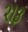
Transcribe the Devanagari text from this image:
२।३